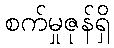
စက်မှုဇုန်ရှိ